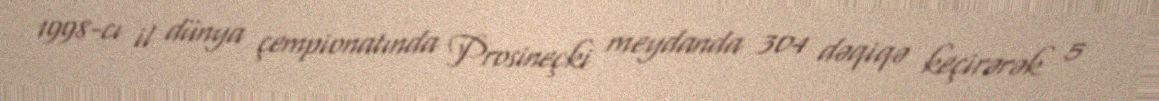
1998-cı il dünya çempionatında Prosineçki meydanda 304 dəqiqə keçirərək 5